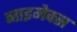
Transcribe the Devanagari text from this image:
नाइमेक्स